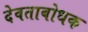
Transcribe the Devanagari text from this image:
देवताबोधक